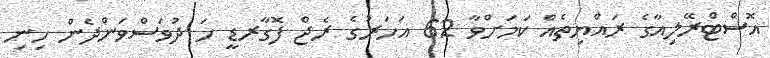
އޮސްޓްރޭލިއާގެ ރައްޔިތެއް ކަމަށްވާ 62 އަހަރުގެ ރެޖް ފޮގާރޑީ ހަ ދުވަސްވަންދެން ހިނި